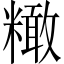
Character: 𥼲